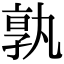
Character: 𭓔